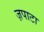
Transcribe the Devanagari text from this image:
ज़पाटा